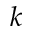
k